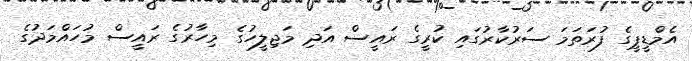
އެމްޑީޕީގެ ފުރަތަމަ ސަރުކާރުގައި ކުރީގެ ރައީސް އަދި މަޖިލީހުގެ މިހާރުގެ ރައީސް މުހައްމަދުގެ